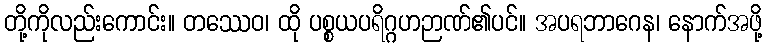
တို့ကိုလည်းကောင်း။ တဿေဝ၊ ထို ပစ္စယပရိဂ္ဂဟဉာဏ်၏ပင်။ အပရဘာဂေန၊ နောက်အဖို့